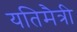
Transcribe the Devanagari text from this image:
यतिमैत्री